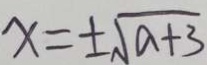
x = \pm \sqrt { a + 3 }